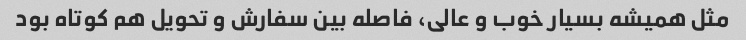
مثل همیشه بسیار خوب و عالى، فاصله بین سفارش و تحویل هم کوتاه بود